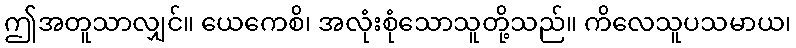
ဤအတူသာလျှင်။ ယေကေစိ၊ အလုံးစုံသောသူတို့သည်။ ကိလေသူပသမာယ၊